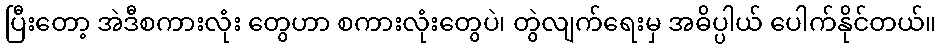
ပြီးတော့ အဲဒီစကားလုံး တွေဟာ စကားလုံးတွေပဲ၊ တွဲလျက်ရေးမှ အဓိပ္ပါယ် ပေါက်နိုင်တယ်။